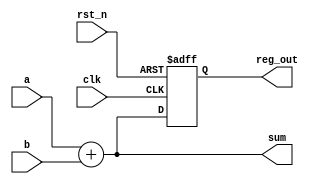
module example_design (
    input wire clk,          // Clock signal
    input wire rst_n,       // Active-low reset signal
    input wire [3:0] a,     // 4-bit input signal
    input wire [3:0] b,     // 4-bit input signal
    output reg [3:0] sum,   // 4-bit output for the sum
    output reg [3:0] reg_out // 4-bit output for register state
);

// Combinational Logic using always @*
always @* begin
    // Compute the sum of inputs a and b
    sum = a + b;
end

// Sequential Logic using always @(posedge clk or negedge rst_n)
always @(posedge clk or negedge rst_n) begin
    if (!rst_n) begin
        // Asynchronous reset
        reg_out <= 4'b0000; // Reset output to 0
    end else begin
        // Update the register output with the sum on each clock cycle
        reg_out <= sum; // Store the sum value in the register
    end
end

endmodule